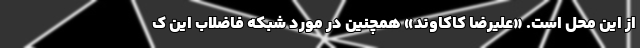
از این محل است. «علیرضا کاکاوند» همچنین در مورد شبکه فاضلاب این ک